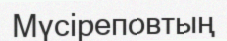
Мүсіреповтың